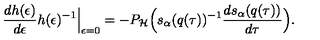
\Bigr . \frac { d h ( \epsilon ) } { d \epsilon } h ( \epsilon ) ^ { - 1 } \Bigr | _ { \epsilon = 0 } = - P _ { \cal H } \Bigl ( s _ { \alpha } ( q ( \tau ) ) ^ { - 1 } \frac { d s _ { \alpha } ( q ( \tau ) ) } { d \tau } \Bigr ) .